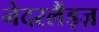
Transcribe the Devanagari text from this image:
नेदरलैंड्ज़